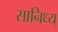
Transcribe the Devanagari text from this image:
सानिध्य्